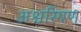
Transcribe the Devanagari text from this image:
अश्वरिंगण